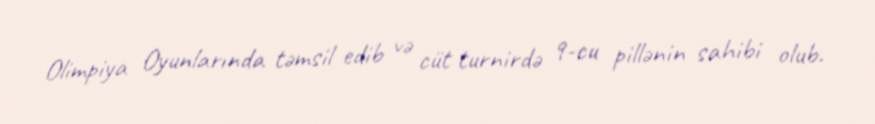
Olimpiya Oyunlarında təmsil edib və cüt turnirdə 9-cu pillənin sahibi olub.